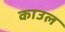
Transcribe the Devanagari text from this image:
काउल